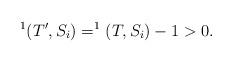
LaTeX: \begin{align*}^1(T',S_i) = ^1(T, S_i) - 1 > 0.\end{align*}